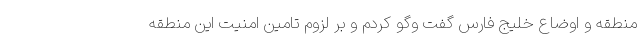
منطقه و اوضاع خلیج فارس گفت وگو کردم و بر لزوم تامین امنیت این منطقه